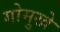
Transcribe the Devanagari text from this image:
गोमुखे